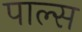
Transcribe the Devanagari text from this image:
पाल्स